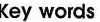
Key words